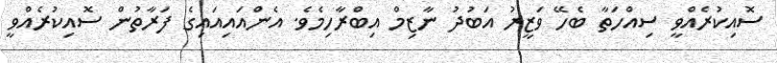
ސޮއިކުރެއްވީ ސިއްހަތާ ބެހޭ ވަޒީރު އަބުދު ނާޒިމް އިބްރާހިމެވެ. އެންއައިއައިގެ ފަރާތުން ސޮއިކުރެއްވީ